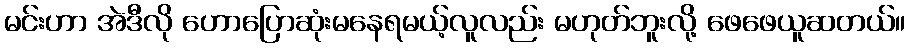
မင်းဟာ အဲဒီလို ဟောပြောဆုံးမနေရမယ့်လူလည်း မဟုတ်ဘူးလို့ ဖေဖေယူဆတယ်။